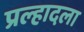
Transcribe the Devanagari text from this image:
प्रल्हादला